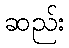
ဆည်း